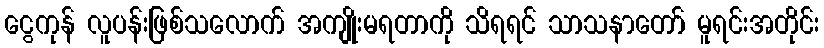
ငွေကုန် လူပန်းဖြစ်သလောက် အကျိုးမရတာကို သိရရင် သာသနာတော် မူရင်းအတိုင်း